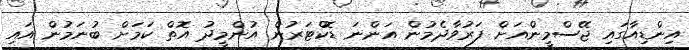
އިންޑިއާގައި ޖޭސްމީންއަށް ފަރުވާދެެމުން އަންނަ ޑޮކްޓަރުން އުންމީދު އޮތް ކަމަށް ބުނަމުން އައި